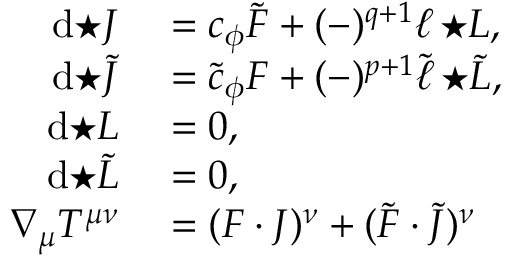
\begin{array} { r l } { \mathrm { d } { \star J } } & { { } = c _ { \phi } \tilde { F } + ( - ) ^ { q + 1 } \ell \, { \star L } , } \\ { \mathrm { d } { \star \tilde { J } } } & { { } = \tilde { c } _ { \phi } F + ( - ) ^ { p + 1 } \tilde { \ell } \, { \star \tilde { L } } , } \\ { \mathrm { d } { \star L } } & { { } = 0 , } \\ { \mathrm { d } { \star \tilde { L } } } & { { } = 0 , } \\ { \nabla _ { \mu } T ^ { \mu \nu } } & { { } = ( F \cdot J ) ^ { \nu } + ( \tilde { F } \cdot \tilde { J } ) ^ { \nu } } \end{array}